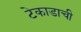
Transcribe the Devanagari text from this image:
टेकाडाची